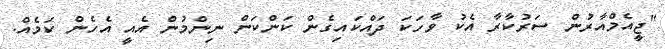
"ޖީއެމްއާރުން ސަރުކާރާ އެކު ވާހަކަ ދައްކައިގެން ކަންކަން ނިންމުން އެއީ އެހެން ކަމެއް.